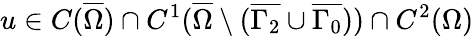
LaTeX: u\in C(\overline{{\Omega}})\cap C^{1}(\overline{{\Omega}}\setminus(\overline{{\Gamma_{2}}}\cup\overline{{\Gamma_{0}}}))\cap C^{2}(\Omega)